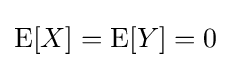
\operatorname {E} [X]=\operatorname {E} [Y]=0